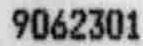
9062301